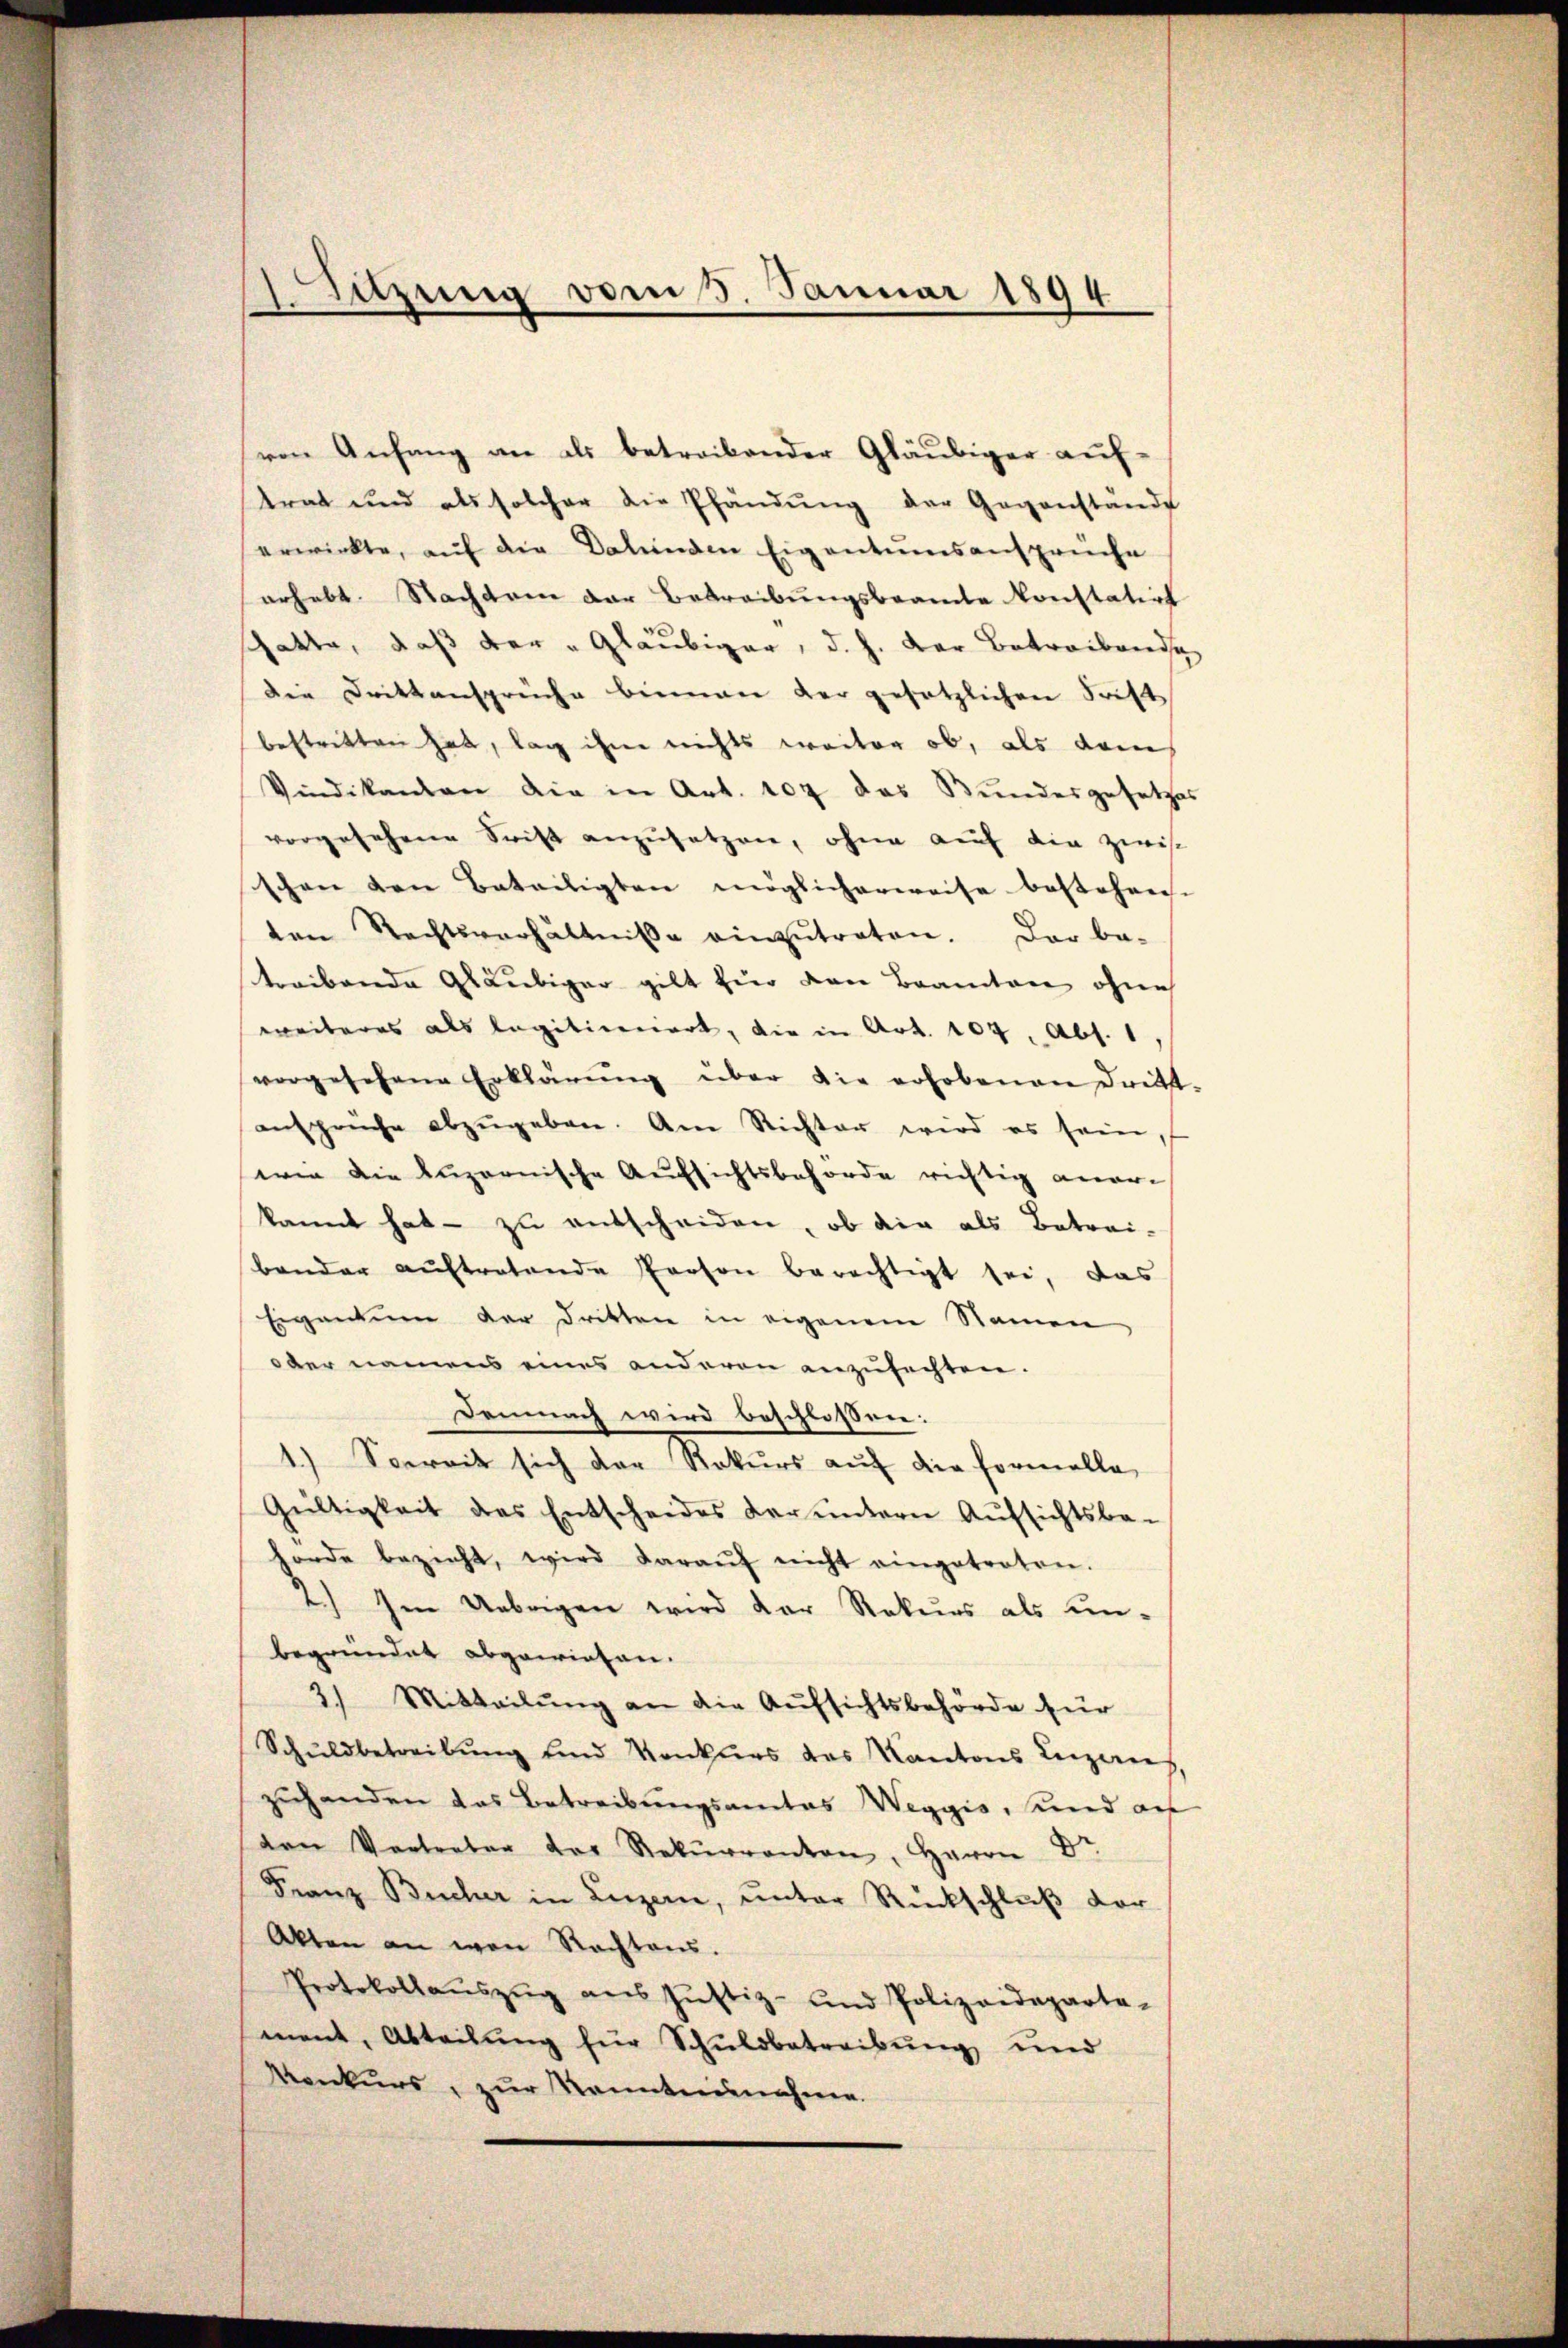
ven Anfang an als betreibender Gläubiger auf-
trat und als solcher die Pfändŭng der Gegenstände
erwirkte, aŭf die Datienden Eigentumsansprüche
erhebt. Nachdem der Betreibungsbeamte konstatirt
chatte, daß der " Gläubiger, d. h. der Betreibende
Die Drittansprüche bienen der gesetzlichen Frist
bestritten hat, lag ihm nichts weiter ob, als dan
Vindikanton die in Art. 107 das Bundesgesetzes
vorgesehene Stift anzusetzen, ohne auf die zwisc
schen den Beteiligten möglicherweise bestehen.
ten Rechtsverhältnisse einzŭtreten. Der be-
treibende Gläubiger gilt für von Beamten ohne
weiteres als legiticeniert, die in Art. 104, Abs. 1
vorgesehene Erklärŭng über die erhobenen Dritt-
ansprüche abzŭgeben. Am Richter wird es sein
wie die Luzernische Aufsichtsbehörde richtig aner-
kannt hat - zu entscheiden, ob die als Betrai-
bander auftretende Person berechtigt sei, das
Eigentum der dritten in eigenem Namen
ober namens eines anderen anzufachten.
Demnach wird beschlossen:
1.) Soweit sich der Rekurs auf die Formelle
Gültigkeit des Entscheides der untern Aŭfsichtsbe-
hörde bezieht, wird daraŭf nicht eingetreten.
2.) Im Uebrigen wird der Rekurs als unbegründet abgewiesen.
2) Mitteilung an die Aufsichtsbehörde für
Schŭldbetreibŭng und Konkurs des Kantons Leizeris
zuhanden das Betreibungsamtes Weggis, und auf
den Vortreter der Rekŭrranten, Herrn Dr.
Franz Bucher in Luzern, unter Rückschluß der
Akten an von Rechtens.
Protokollaŭszŭg aŭs Jŭstiz- und Polizeideparta-
ment, Abteilung für Schuldbetreibung und
Konkurs, zur Kenntnisnahme.

Sitzung vom 3. Januar 1894